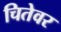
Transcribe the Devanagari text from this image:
चितेवर